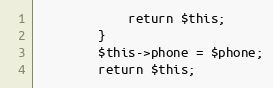
Language: PHP
            return $this;
        }
		$this->phone = $phone;
		return $this;